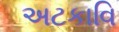
અટકાવિ